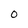
Character: 0